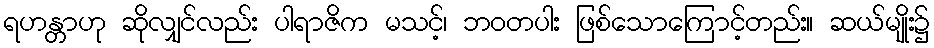
ရဟန္တာဟု ဆိုလျှင်လည်း ပါရာဇိက မသင့်၊ ဘဝတပါး ဖြစ်သောကြောင့်တည်း။ ဆယ်မျိုး၌